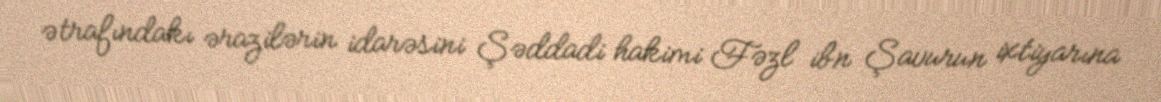
ətrafındakı ərazilərin idarəsini Şəddadi hakimi Fəzl ibn Şavurun ixtiyarına